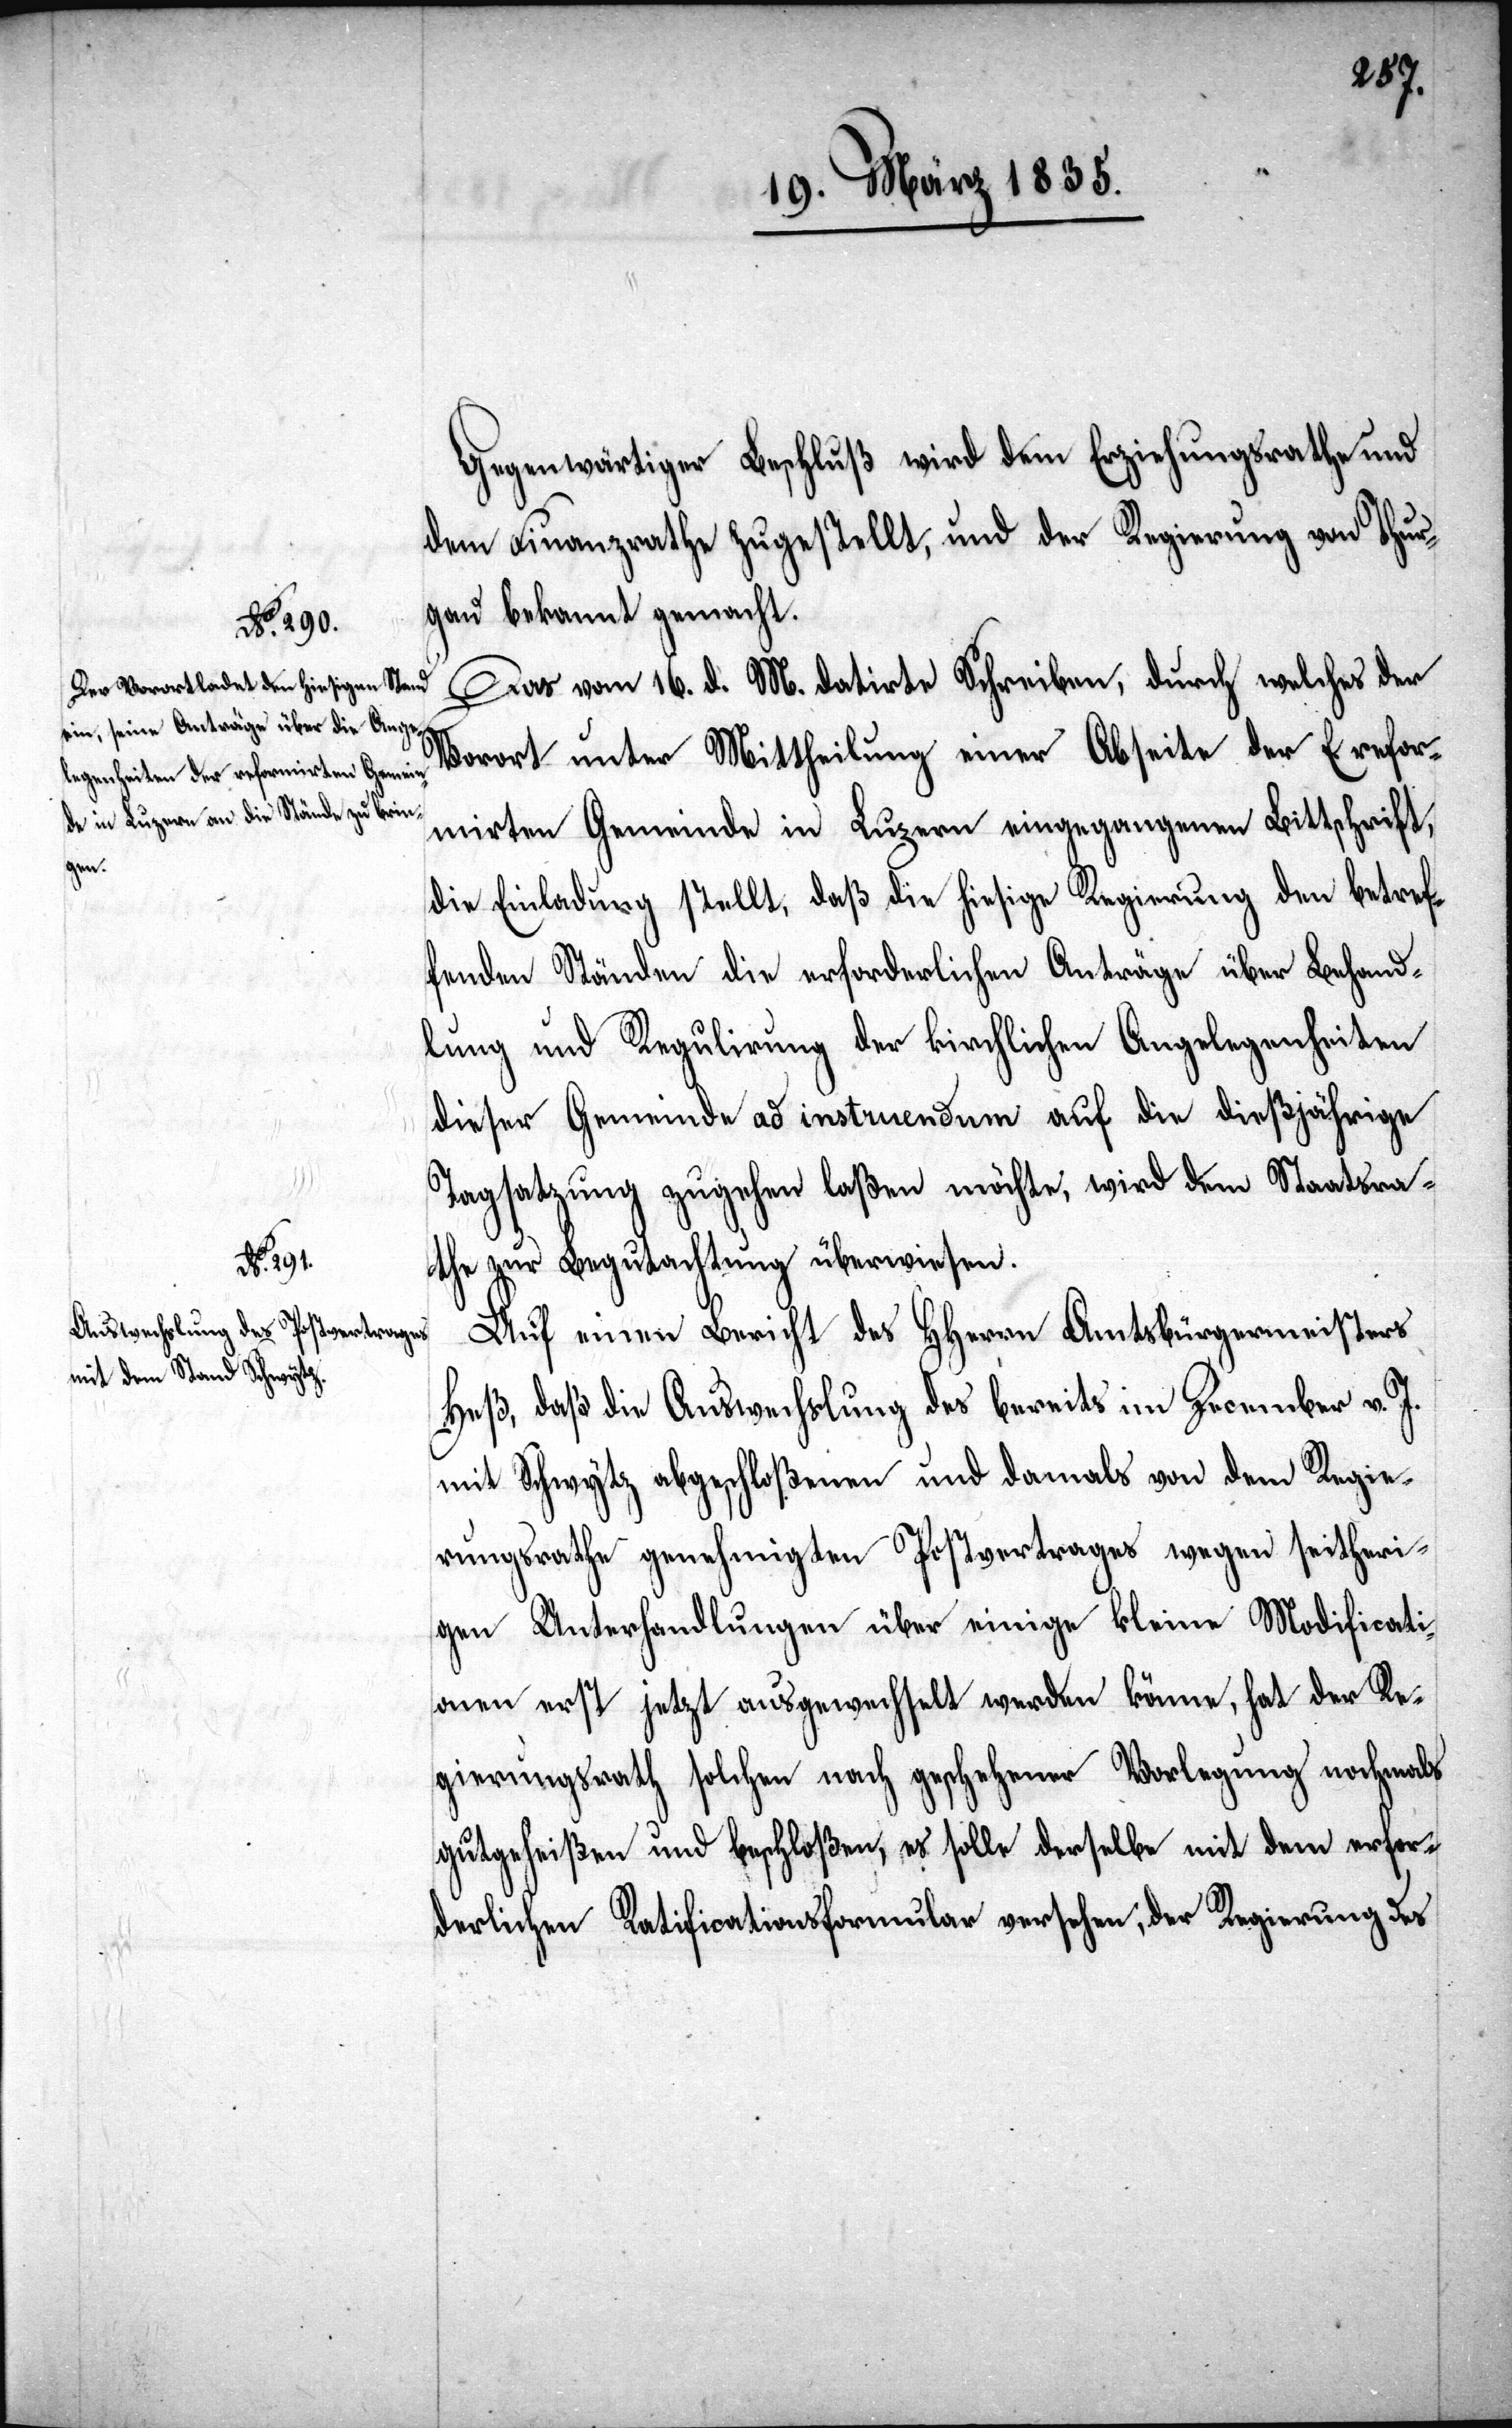
Gegenwärtiger Beschluß wird dem Erziehungsrathe und
dem Finanzrathe zugestellt, und der Regierung von Thur¬
gau bekannt gemacht.
Das vom 16. d. M. datirte Schreiben, durch welches der
Vorort unter Mittheilung einer Abseite der E. refor¬
mirten Gemeinde in Luzern eingegangenen Bittschrift,
die Einladung stellt, daß die hiesige Regierung den betref¬
fenden Ständen die erforderlichen Anträge über Behand¬
lung und Regulirung der kirchlichen Angelegenheiten
dieser Gemeinde ad instruendum auf die dießjährige
Tagsatzung zugehen laßen möchte, wird dem Staatsra¬
the zur Begutachtung überwiesen.
Auf einen Bericht des HHerren Amtsbürgermeisters
Heß, daß die Auswechslung des bereits im December v. J.
mit Schwytz abgeschloßenen und damals von dem Regie¬
rungsrathe genehmigten Postvertrages wegen seitheri¬
gen Unterhandlungen über einige kleine Modificati¬
onen erst jetzt ausgewechselt werden könne, hat der Re¬
gierungsrath solchen nach geschehener Vorlegung nochmals
gutgeheißen und beschloßen, es solle derselbe mit dem erfor¬
derlichen Ratificationsformular versehen, der Regierung des